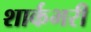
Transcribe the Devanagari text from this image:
शार्कभरी